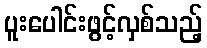
ပူးပေါင်းဖွင့်လှစ်သည့်